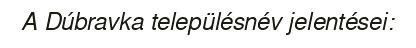
A Dúbravka településnév jelentései: